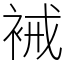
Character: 裓